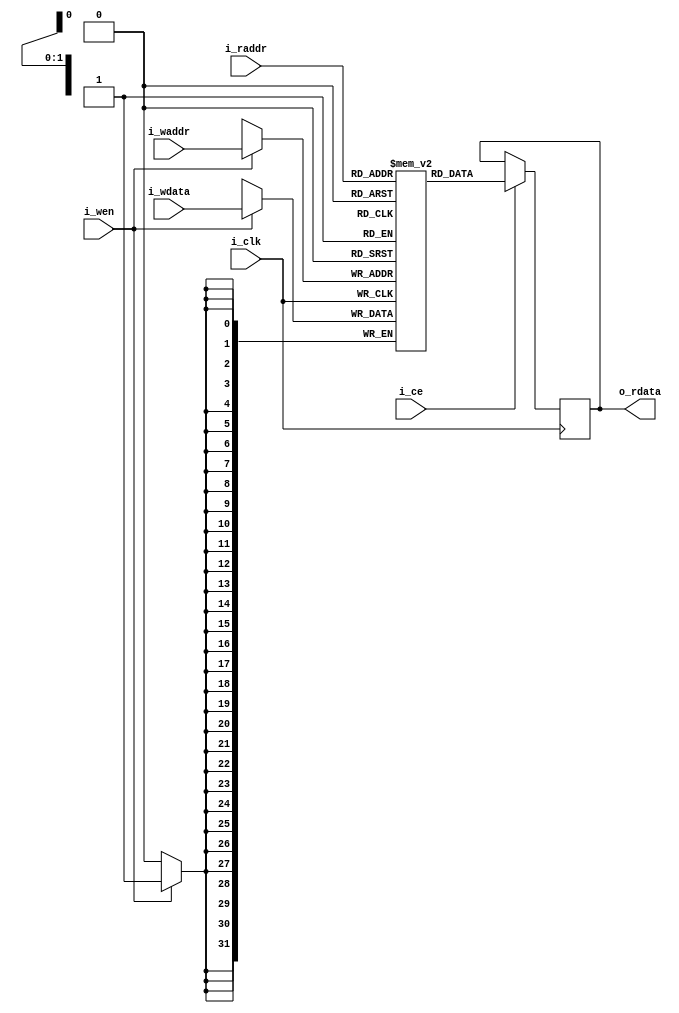
`timescale 1 ns / 100 ps
////////////////////////////////////////////////////////////////////////////////
// bram.v
// 
// 
// Ehsan Ghasemi
// ----------
// 
// Synch Simple Dual Ported Block RAM. Output is available on the next posedge of clk
// 
// TODO:
// CHANGELOG:
// March 23rd, 2015 - Creation
////////////////////////////////////////////////////////////////////////////////
module bram_reducer
  (
   i_clk,

   i_waddr,
   i_wen,
   i_wdata,

   i_raddr,
   i_ce,
   o_rdata
   );

   ////////////////////////////////////////////////////////////////////////////////
  // Parameters
   ////////////////////////////////////////////////////////////////////////////////

   parameter	C_WIDTH				=	32;
   parameter	C_LOG_DEPTH		=	2;

   ////////////////////////////////////////////////////////////////////////////////
   // Local Parameters
   ////////////////////////////////////////////////////////////////////////////////

   localparam	C_DEPTH	=	(1 << C_LOG_DEPTH);

   ////////////////////////////////////////////////////////////////////////////////
   // Inputs and Outputs
   ////////////////////////////////////////////////////////////////////////////////

   input				       	i_clk;
   input [C_LOG_DEPTH-1: 0] 			i_waddr;
   input					i_wen;
   input [C_WIDTH-1: 0] 			i_wdata;
   input [C_LOG_DEPTH-1: 0] 			i_raddr;
   input					i_ce;				
   output	reg [C_WIDTH-1: 0] 		o_rdata;
   

   ////////////////////////////////////////////////////////////////////////////////
   // RAMs
   ////////////////////////////////////////////////////////////////////////////////

   reg [C_WIDTH-1: 0] 				r_ram	[C_DEPTH-1: 0];

   ////////////////////////////////////////////////////////////////////////////////
   // Variables
   ////////////////////////////////////////////////////////////////////////////////

   //integer i;
   integer 					i;
   ////////////////////////////////////////////////////////////////////////////////
   // RAM Logic
   ////////////////////////////////////////////////////////////////////////////////

   // Clear the RAM
   //initial
   //begin
   //	for (i = 0; i < C_DEPTH; i = i + 1)
   //		r_ram[i]	<= 0;
   //end


   // INIT MEMORY
   //initial begin
   //   $readmemb("ram.init",r_ram, 0, C_DEPTH-1);
   //end

   /*   
    initial
    begin

    r_ram[3] = 32'h10001000;
    r_ram[2] = 32'h01000100;
    r_ram[1] = 32'h00100010;
    r_ram[0] = 32'h00010001;


    end
    */  
   
   
   initial 
     begin
	for (i=0; i<C_DEPTH; i=i+1) r_ram[i] = 0;
     end
   


   //WRITE PORT
   always @(posedge i_clk)
     begin
	if (i_wen)
	  r_ram[i_waddr] <= i_wdata;
     end


   //READ PORT      
   always @(posedge i_clk)
     begin
	if (i_ce)
	  o_rdata <= r_ram[i_raddr];
	
	
     end
   // Read Port
   //assign o_rdata	=	r_ram[i_raddr];

endmodule